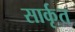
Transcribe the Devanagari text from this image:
सार्कृत